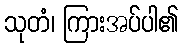
သုတံ၊ ကြားအပ်ပါ၏